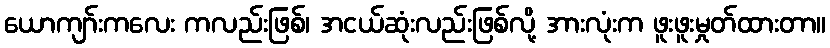
ယောကျာ်းကလေး ကလည်းဖြစ်၊ အငယ်ဆုံးလည်းဖြစ်လို့ အားလုံးက ဖူးဖူးမှုတ်ထားတာ။